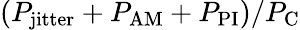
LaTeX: (P_{\mathrm{jitter}}+P_{\mathrm{AM}}+P_{\mathrm{PI}})/P_{\mathrm{C}}